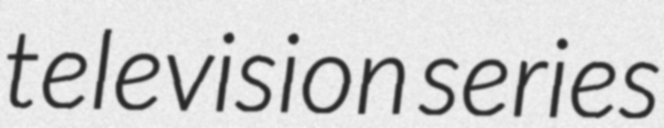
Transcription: television series